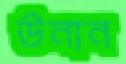
উনান